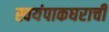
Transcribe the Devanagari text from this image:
स्वयंपाकघराची